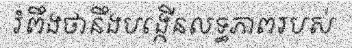
រំពឹងថានឹងបង្កើនលទ្ធភាពរបស់